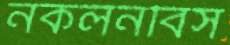
নকলনবিস